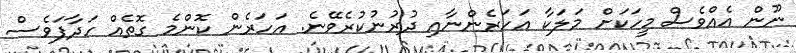
ނޫން އެއްވެސް މީހަކަށް މަލަކާ އަހަރެންނާއި ދުރުނުކުރެވޭނެ. އަހަރެން ކޮންމެ ގޮތެއް ހަދާފަވެސް